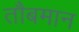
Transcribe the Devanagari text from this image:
तौबमान